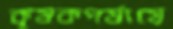
কৃষকপর্যায়ে